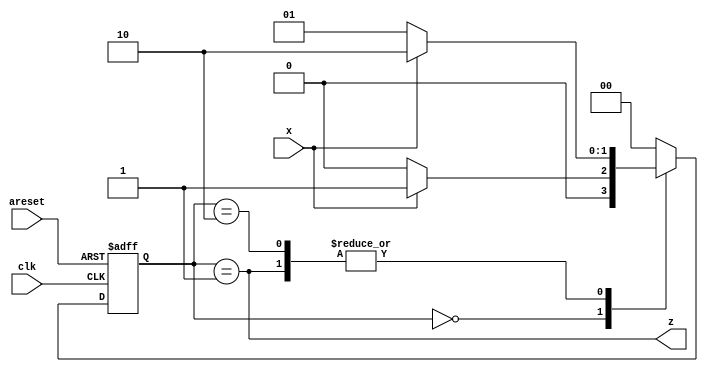
module top_module (
    input clk,
    input areset,
    input x,
    output z
);
    reg[1:0] state, next_state;
    parameter A=0, B=1, C=2;
    
    always @(posedge clk, posedge areset) begin
        if(areset)
            state <= A;
        else 
            state <= next_state;
    end
    
    always @(*) begin
        case (state)
            A: next_state = x ? B : A;
            B: next_state = x ? C : B;
            C: next_state = x ? C : B;
            default: next_state = A;
        endcase
    end
    
    assign z = (state == B);

endmodule